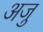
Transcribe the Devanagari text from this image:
अजु